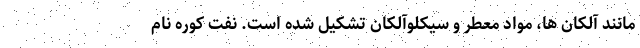
مانند آلکان ها، مواد معطر و سیکلوآلکان تشکیل شده است. نفت کوره نام